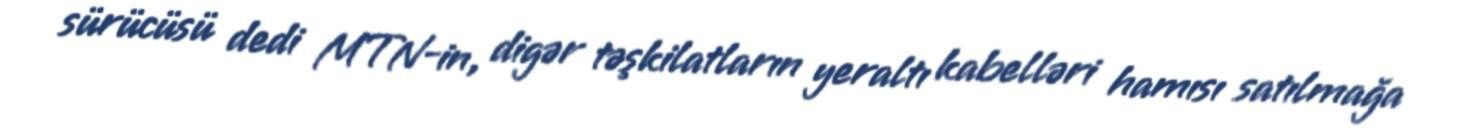
sürücüsü dedi MTN-in, digər təşkilatların yeraltı kabelləri hamısı satılmağa